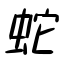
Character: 蛇